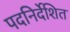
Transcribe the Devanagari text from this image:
पदनिर्देशित